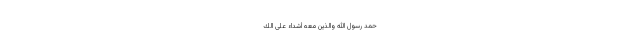
ُحَمَّدٌ رَسُولُ اللَّهِ وَالَّذِينَ مَعَهُ أَشِدَّاءُ عَلَى الْك